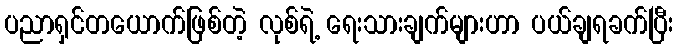
ပညာရှင်တယောက်ဖြစ်တဲ့ လုစ်ရဲ့ ရေးသားချက်များဟာ ပယ်ချရခက်ပြီး